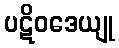
ပဋိဝဒေယျု